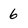
Character: 6